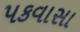
પકવાસા